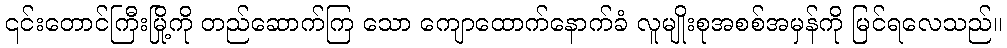
၎င်းတောင်ကြီးမြို့ကို တည်ဆောက်ကြ သော ကျောထောက်နောက်ခံ လူမျိုးစုအစစ်အမှန်ကို မြင်ရလေသည်။